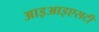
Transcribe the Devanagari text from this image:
आइआइएसटी